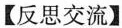
【反思交流】